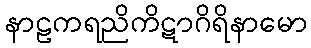
နာဠကရညိကိဋာဂိရိနာမော